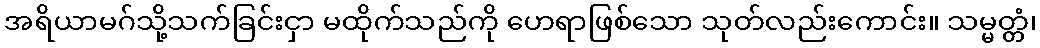
အရိယာမဂ်သို့သက်ခြင်းငှာ မထိုက်သည်ကို ဟေရာဖြစ်သော သုတ်လည်းကောင်း။ သမ္မတ္တံ၊